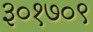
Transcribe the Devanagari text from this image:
३०१७०९